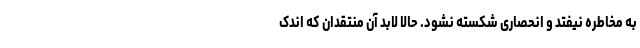
به مخاطره نیفتد و انحصاری شکسته نشود. حالا لابد آن منتقدان که اندک